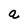
Character: a